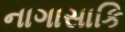
નાગાસાકિ